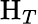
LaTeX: \mathrm{H}_{T}